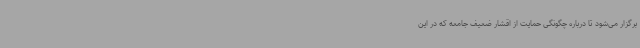
برگزار می‌شود تا درباره چگونگی حمایت از اقشار ضعیف جامعه که در این